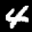
Label: 4